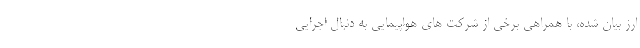
ارز بیان شده، با همراهی برخی از شرکت های هواپیمایی به دنبال اجرایی